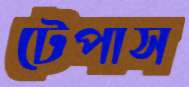
টেপাস